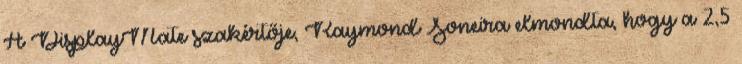
A DisplayMate szakértője, Raymond Soneira elmondta, hogy a 2,5